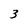
Character: 3